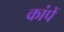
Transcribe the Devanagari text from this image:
कांपें